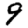
Digit: 9